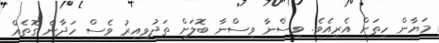
މަޔާން ހިތަށް އެރިއެވެ. ވިސްނާ ވިސްނާ ބޮލަށް ތަދުވިއިރު ވެސް ހަދާނެ ގޮތެއް